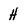
Character: H